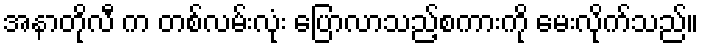
အနာတိုလီ က တစ်လမ်းလုံး ပြောလာသည့်စကားကို မေးလိုက်သည်။